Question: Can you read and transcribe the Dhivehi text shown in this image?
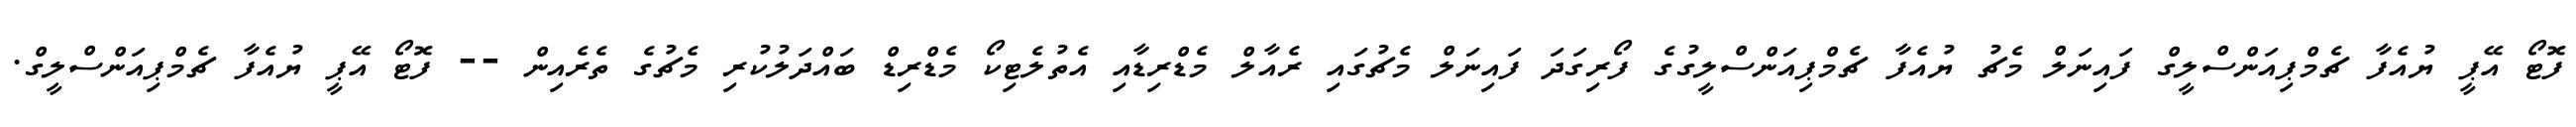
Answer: ފޮޓޯ އޭޕީ ޔުއެފާ ޗެމްޕިއަންސްލީގް ފައިނަލް މެޗު ޔުއެފާ ޗެމްޕިއަންސްލީގުގެ ފޯރިގަދަ ފައިނަލް މެޗުގައި ރެއާލް މެޑްރިޑާއި އެތުލެޓިކޯ މެޑްރިޑް ބައްދަލުކުރި މެޗުގެ ތެރެއިން -- ފޮޓޯ އޭޕީ ޔުއެފާ ޗެމްޕިއަންސްލީގް.